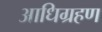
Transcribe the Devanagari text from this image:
आधिग्रहण